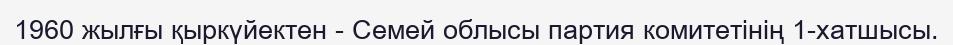
1960 жылғы қыркүйектен - Семей облысы партия комитетінің 1-хатшысы.